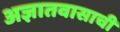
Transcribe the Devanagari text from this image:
अज्ञातवासाची